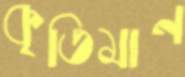
কৃতিমান